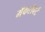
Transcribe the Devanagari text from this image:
मॅकरॉबर्ट